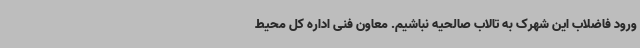
ورود فاضلاب این شهرک به تالاب صالحیه نباشیم. معاون فنی اداره کل محیط